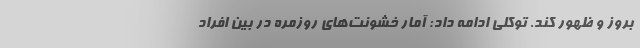
بروز و ظهور کند. توکلی ادامه داد: آمار خشونت‌های روزمره در بین افراد